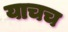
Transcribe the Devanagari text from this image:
याचच